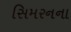
સિમરનના